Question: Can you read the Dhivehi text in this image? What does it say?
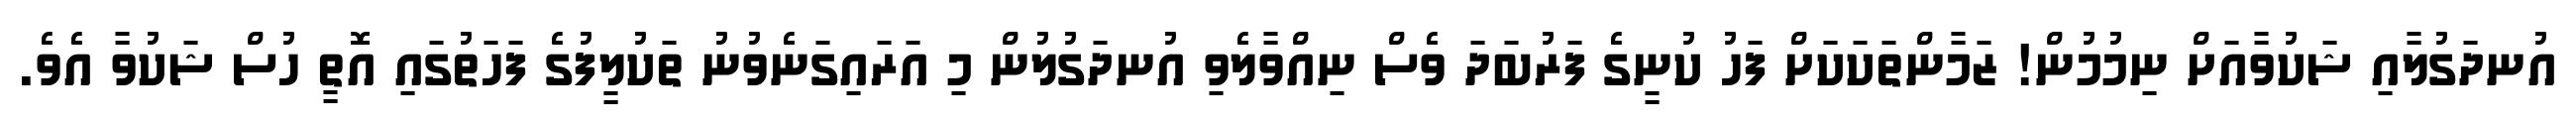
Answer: އުނދަގުލާއި ޝަކުވާއަށް ނިމުމުން! ޒަމާންތަކަކަށް ފަހު ކުނީގެ ފަރުބަދަ ވެސް ނިއްވާލެވި އުނދަގުލުން މި އަރައިގަނެވުނު ތަކުލީފުގެ ފަހަތުގައި އޮތީ ހުސް ޝަކުވާ އެވެ.